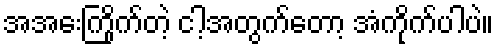
အအေးကြိုက်တဲ့ ငါ့အတွက်တော့ အံကိုက်ပါပဲ။